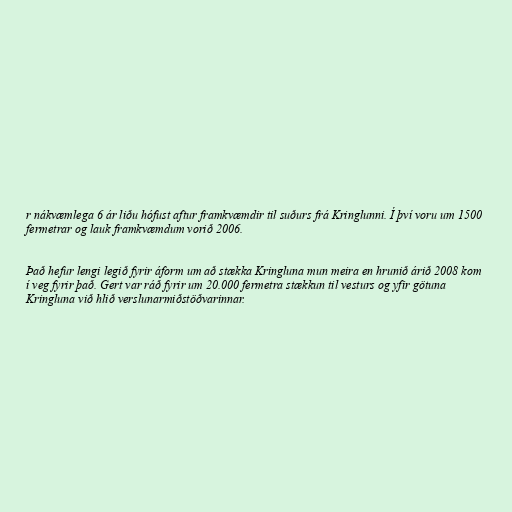
r nákvæmlega 6 ár liðu hófust aftur framkvæmdir til suðurs frá Kringlunni. Í því voru um 1500
fermetrar og lauk framkvæmdum vorið 2006.

Það hefur lengi legið fyrir áform um að stækka Kringluna mun meira en hrunið árið 2008 kom
í veg fyrir það. Gert var ráð fyrir um 20.000 fermetra stækkun til vesturs og yfir götuna
Kringluna við hlið verslunarmiðstöðvarinnar.